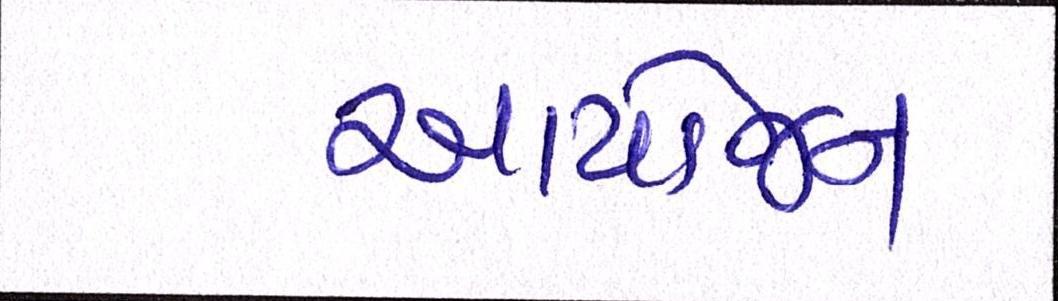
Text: આયોજન